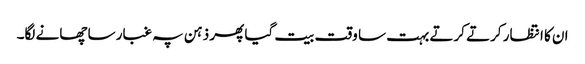
ان کا انتظار کرتے کرتے بہت سا وقت بیت گیا پھر ذہن پہ غبار سا چھانے لگا۔